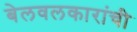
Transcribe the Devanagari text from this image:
बेलवलकारांची